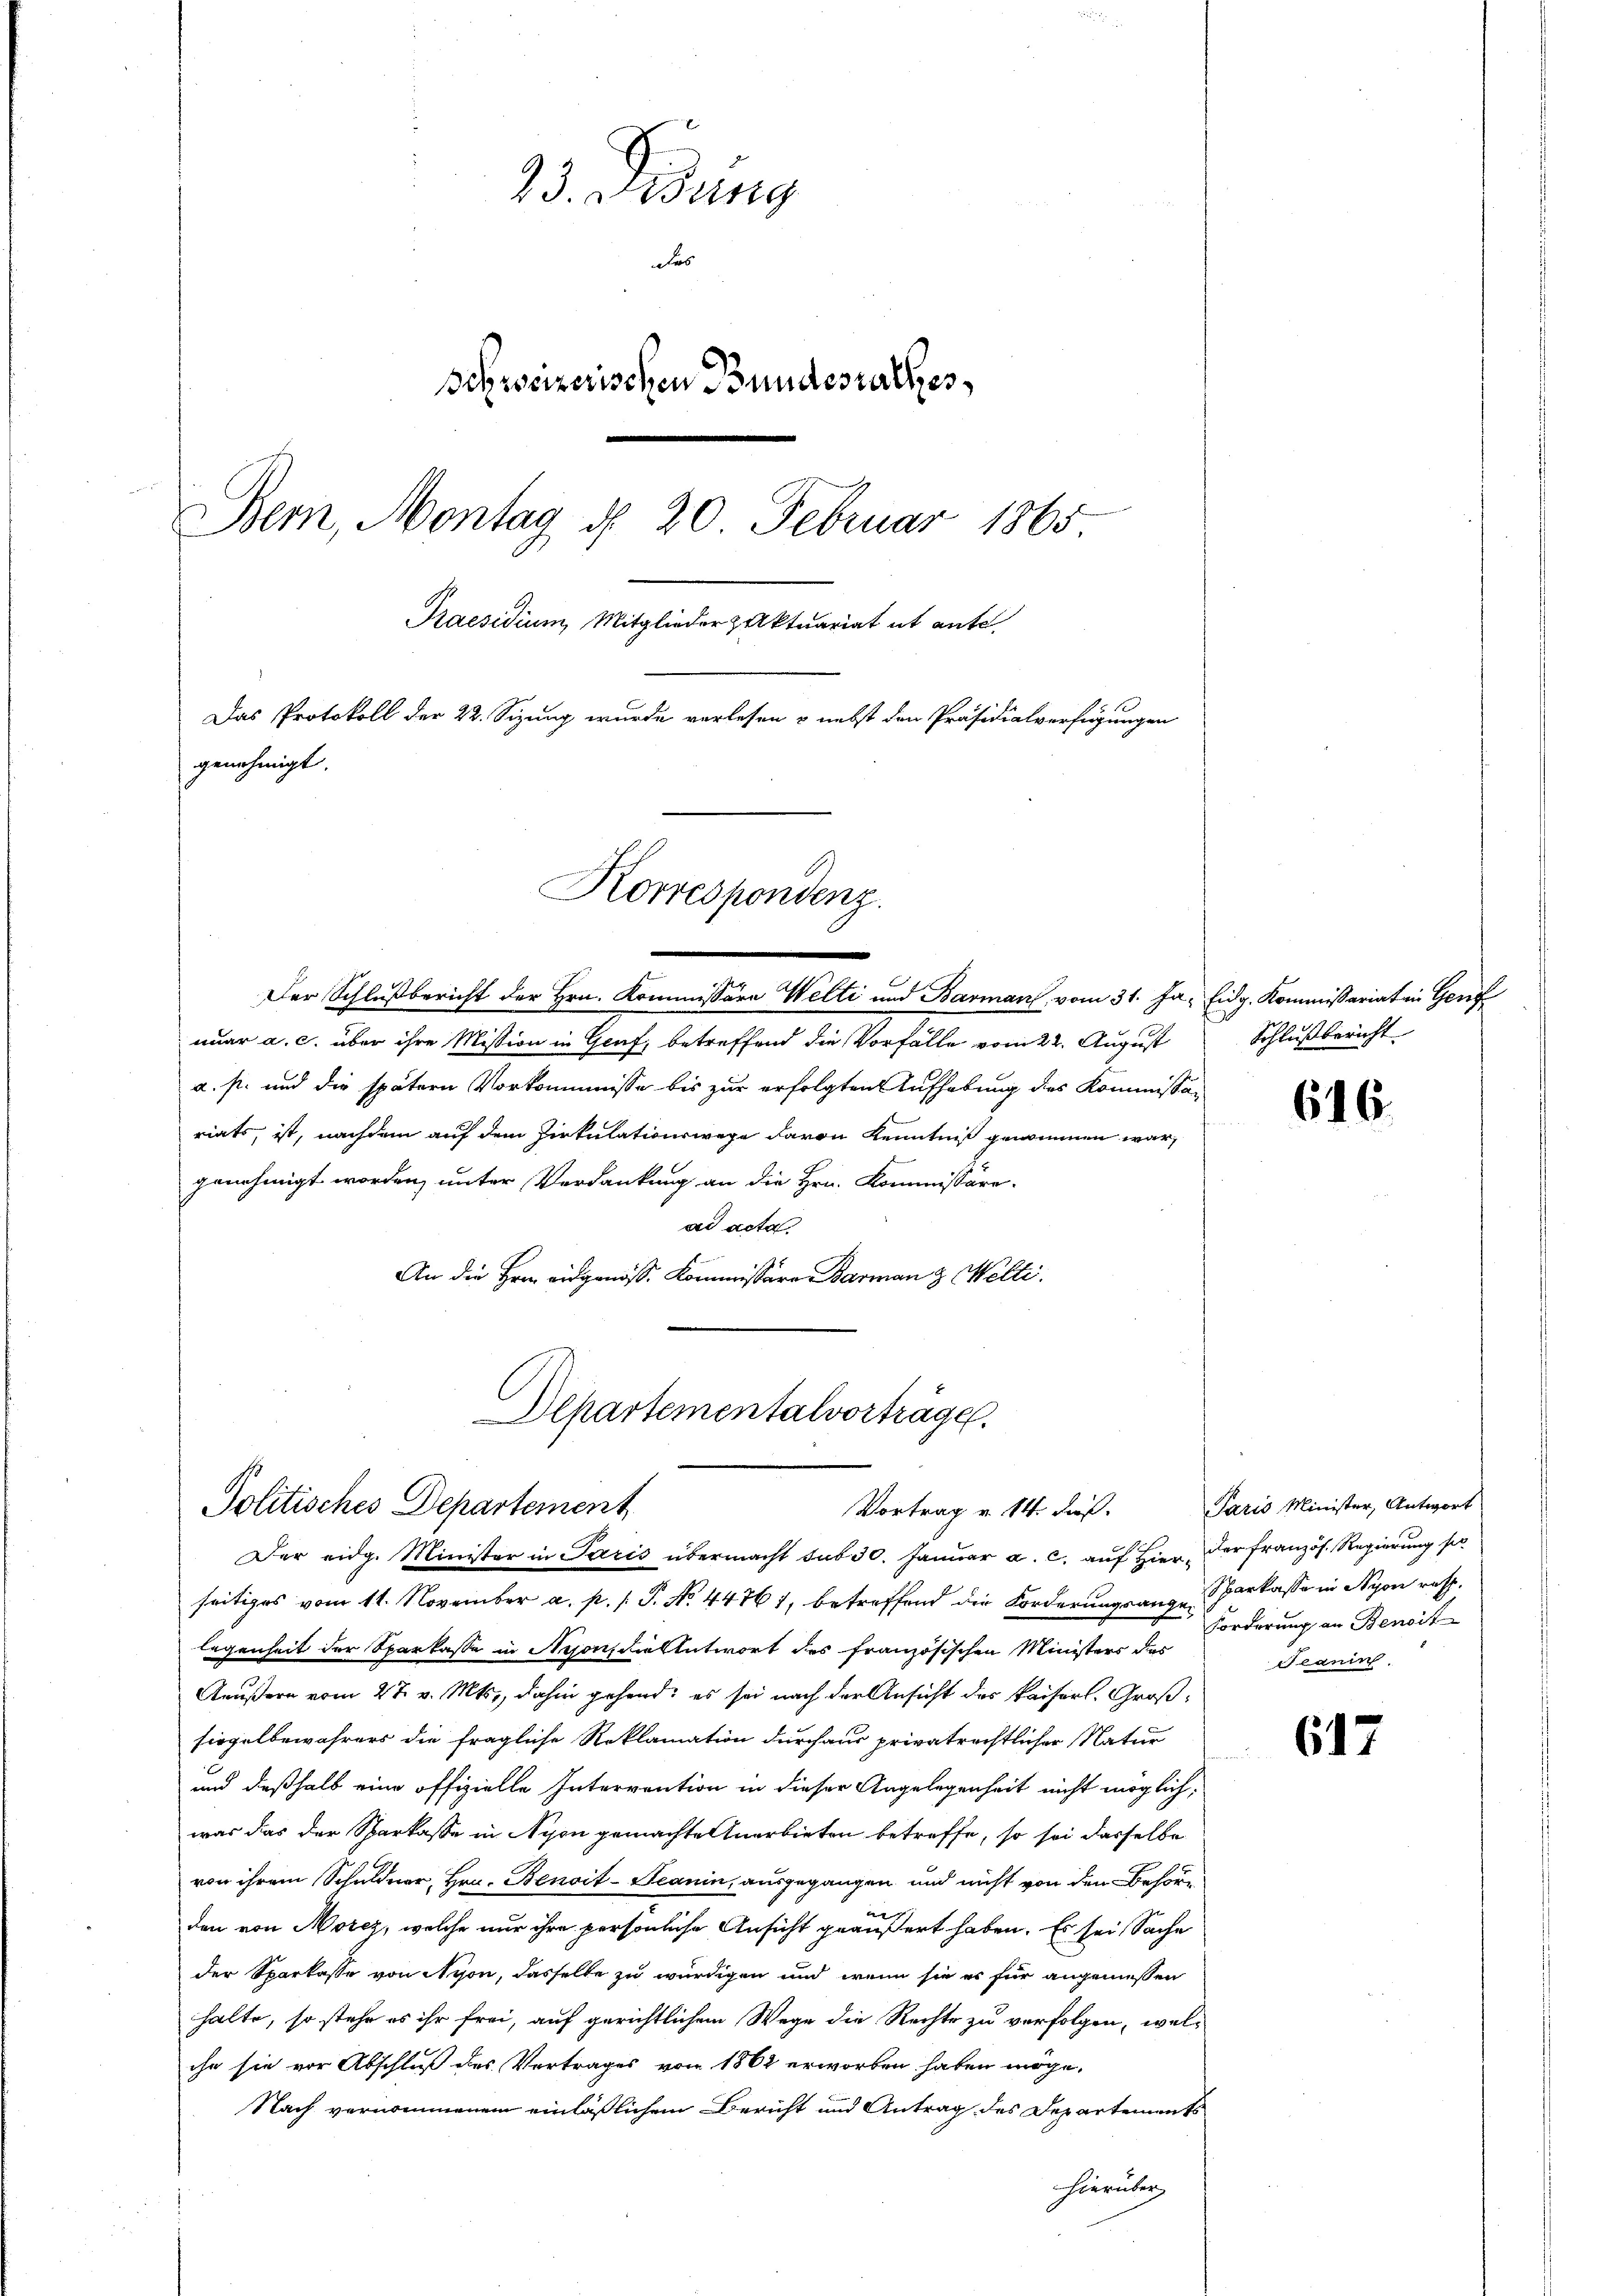
23. Kling
Fac
Schweizerischen Bundesrathes,
Bem, Montag d. 20. Februar 1865
Praesidium, Mitglieder paktuariat et ante.
Das Protokoll der 22. Sizung wurde verlesen & nebst den Präsidialverfügungen
genehmigt.

Korrespondenz.

nuar a. c. über ihre Mission in Graf, betreffend die Vorfälle vom 22. August Schlußbericht
a. s. und die spätern Vorkommnisse bis zur erfolgten Aufhebung des Kommissär
riats, ist, nachdem auf dem Zirkulationswege davon Kenntniß genommen war,
genehmigt worden, unter Verdankung an die Hrn. Kommissäre-
ad acta.
An die Hrn. eidgenöss. Kommissäre Barmann & Welti.
Alpartementalvorträge.

Der Schlußbericht der Hrn. Kommissära Welti und Bauman, vom 31. Ja. Eidg. Kommissariaten Genf

Politisches Departement
Vortrag v. 14. dieß.
Der eidg. Minister in Paris übermacht sub 30. Januar a. c. auf Hier der französ. Regierung so

seitiges vom 11. November a. p. /: P. No. 44761, betreffend die Forderungsange Sparkasse in Nyon resp.
legenheit der Sparkasse in Nyon, die Antwort des französischen Ministers des
Aeußern vom 27. v. Mts., dahin gehend; es sei nach der Ansicht des Kaiserl. Großsiegelbewahrers die fragliche Reklamation durchaus privatrechtlicher Natur
und deßhalb eine offizielle Intervention in dieser Angelegenheit nicht möglich,
war das der Sparkasse in Nyon gemachte Anerbieten betreffe, so sei dasselbe
von ihrem Schuldner, Hrn. Benoit-Seanin, ausgegangen und nicht von den Behörden von Morez, welche nur ihre persönliche Ansicht geäußert haben. Es sei Sache
der Sparkasse von Nyon, dasselbe zu würdigen und wenn sie es für angemessen
halte, so stehe es ihr frei, auf gerichtlichem Wege die Rechte zu verfolgen, welche sie vor Abschluß des Vertrages von 1862 erworben haben möge,
Nach vernommenem einläßlichem Bericht und Antrag des Departements
hierüber

616.

Paris Minister, Antwort
Forderung an Benoit
Seanin

617